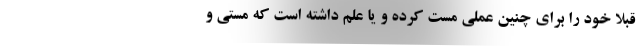
قبلاً خود را برای چنین عملی مست کرده و یا علم داشته است که مستی و